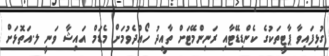
ގުޅިފައިވާ ޕާޓީތަކުގެ ކެންޑިޑޭޓާއި ރަނިންމޭޓަށް ތާއީދު ހޯއްދެވުމަށް މެޑަމް އައިޝާ ވަނީ ލ.އަތޮޅަށް